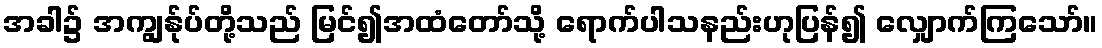
အခါ၌ အကျွန်ုပ်တို့သည် မြင်၍အထံတော်သို့ ရောက်ပါသနည်းဟုပြန်၍ လျှောက်ကြသော်။